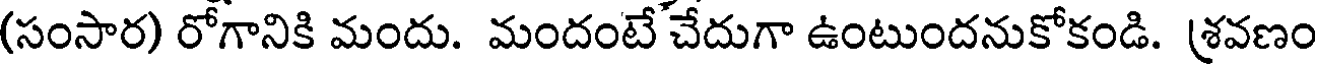
(సంసార) రోగానికి మందు. మందంటే చేదుగా ఉంటుందనుకోకండి. శ్రవణం